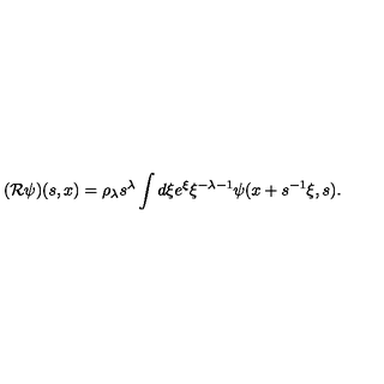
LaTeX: ( { \cal R } \psi ) ( s , x ) = \rho _ { \lambda } s ^ { \lambda } \int d \xi e ^ { \xi } \xi ^ { - \lambda - 1 } \psi ( x + s ^ { - 1 } \xi , s ) .